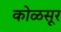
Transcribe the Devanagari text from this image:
कोळसूर